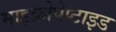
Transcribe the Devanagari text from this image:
माइक्रोपेप्टाइड